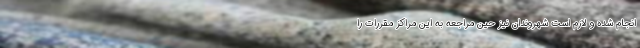
انجام شده و لازم است شهروندان نیز حین مراجعه به این مراکز مقررات را